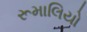
રૂમાલિયો